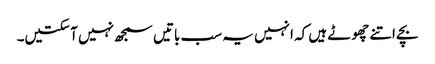
بچے اتنے چھوٹے ہیں کہ انہیں یہ سب باتیں سمجھ نہیں آ سکتیں۔